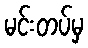
မင်းတပ်မှ